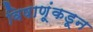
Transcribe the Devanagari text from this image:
विषाणूंकडून